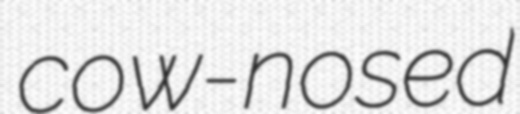
cow-nosed